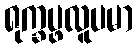
ရုက္ခပ္ဖလူပမာ